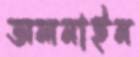
অলনাইন